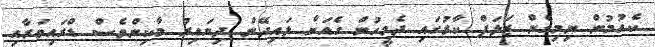
ކެއުމުން ނިމިގެން ޒަލަފް ކާރުގައި ދެމީހުން ގެއަށް ލައިދޭން ދިޔައިރު މާކިންވެސް ޑްރައިވަރާއި